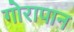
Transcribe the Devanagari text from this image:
गोरापान